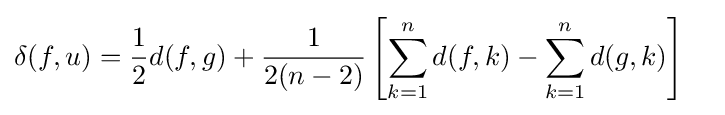
\delta (f,u)={\frac {1}{2}}d(f,g)+{\frac {1}{2(n-2)}}\left[\sum _{k=1}^{n}d(f,k)-\sum _{k=1}^{n}d(g,k)\right]\quad